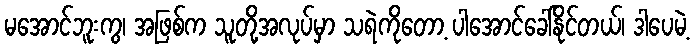
မအောင်ဘူးကွ၊ အဖြစ်က သူတို့အလုပ်မှာ သရဲကိုတော့ ပါအောင်ခေါ်နိုင်တယ်၊ ဒါပေမဲ့